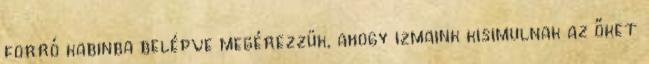
forró kabinba belépve megérezzük, ahogy izmaink kisimulnak az őket